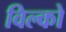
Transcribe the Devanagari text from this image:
विल्को